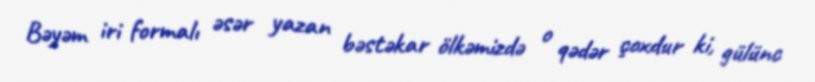
Bəyəm iri formalı əsər yazan bəstəkar ölkəmizdə o qədər çoxdur ki, gülünc